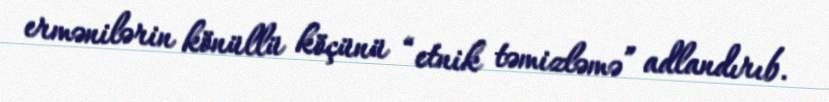
ermənilərin könüllü köçünü “etnik təmizləmə” adlandırıb.